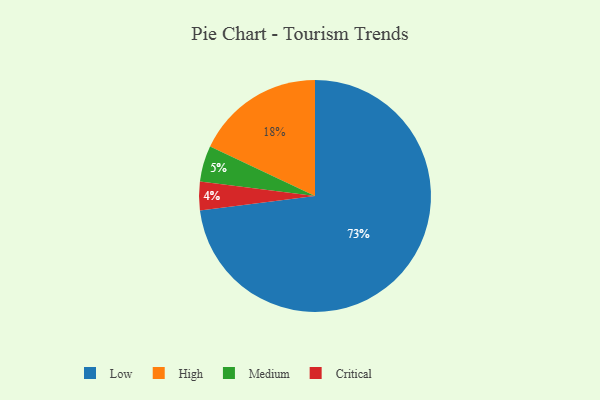
{"axis": {"x": "Category", "y": "Percentage"}, "legend": ["Critical", "High", "Low", "Medium"], "data": [{"x": "Critical", "y": 4, "type": "Critical"}, {"x": "Medium", "y": 5, "type": "Medium"}, {"x": "Low", "y": 73, "type": "Low"}, {"x": "High", "y": 18, "type": "High"}]}